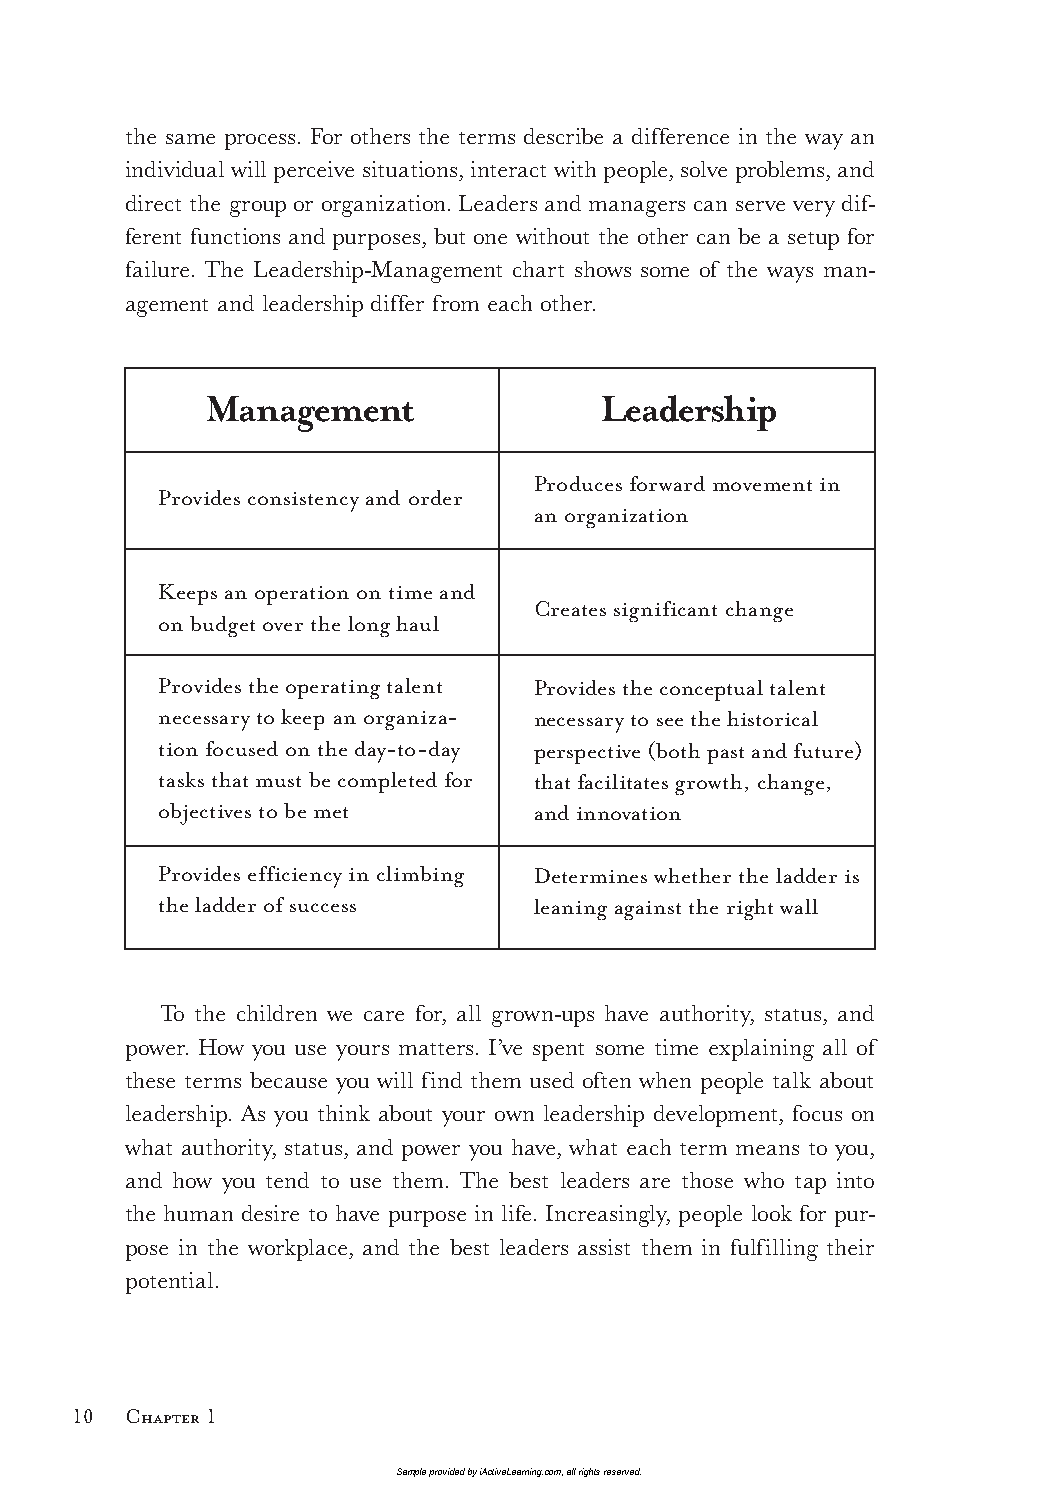
the same process. For others the terms describe a difference in the way an
 individual will perceive situations, interact with people, solve problems, and
 direct the group or organization. Leaders and managers can serve very dif-
 ferent functions and purposes, but one without the other can be a setup for
 failure. The Leadership-Management chart shows some of the ways man-
 agement and leadership differ from each other.
 Management                Leadership
 Produces forward movement in
 Provides consistency and order
 an organization
 Keeps an operation on time and
 Creates significant change
 on budget over the long haul
 Provides the operating talent Provides the conceptual talent
 necessary to keep an organiza- necessary to see the historical
 tion focused on the day-to-day perspective (both past and future)
 tasks that must be completed for that facilitates growth, change,
 objectives to be met     and innovation
 Provides efficiency in climbing Determines whether the ladder is
 the ladder of success    leaning against the right wall
 To the children we care for, all grown-ups have authority, status, and
 power. How you use yours matters. I’ve spent some time explaining all of
 these terms because you will find them used often when people talk about
 leadership. As you think about your own leadership development, focus on
 what authority, status, and power you have, what each term means to you,
 and how you tend to use them. The best leaders are those who tap into
 the human desire to have purpose in life. Increasingly, people look for pur-
 pose in the workplace, and the best leaders assist them in fulfilling their
 potential.
 10  Chapter 1
 Sample provided by iActiveLearning.com, all rights reserved.
 LTL2_FINALpp.indd 10                                        11/4/09 3:21:08 PM